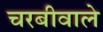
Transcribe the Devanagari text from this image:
चरबीवाले